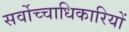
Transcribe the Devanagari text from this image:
सर्वोच्चाधिकारियों